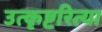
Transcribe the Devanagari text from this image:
उत्कृष्टरित्या